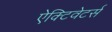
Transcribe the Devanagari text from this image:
ऐक्टिवेटर्स